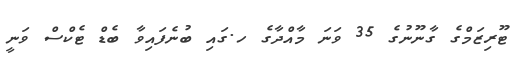
ޓޫރިޒަމްގެ ގާނޫނުގެ 35 ވަނަ މާއްދާގެ ހ.ގައި ބުނެފައިވާ ބެޑް ޓެކްސް ވަނީ